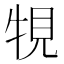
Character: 𤙧